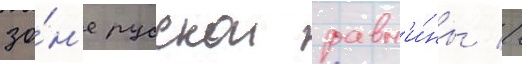
зо́н'е русскои равн'и́ны //